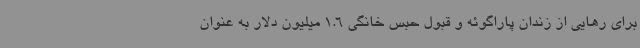
برای رهایی از زندان پاراگوئه و قبول حبس خانگی 1.6 میلیون دلار به عنوان